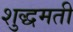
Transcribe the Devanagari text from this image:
शुद्धमती